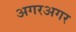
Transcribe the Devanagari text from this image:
अगरअगर